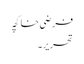
فرضی خاکچہ
تحریر۔